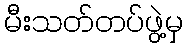
မီးသတ်တပ်ဖွဲ့မှ